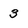
Character: 3